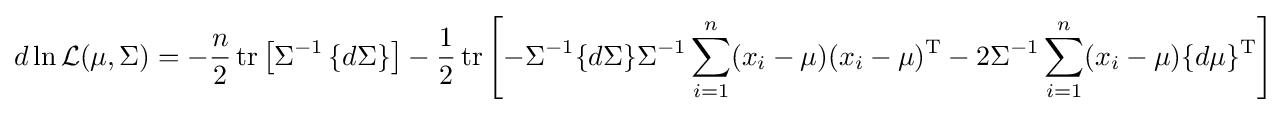
d\ln {\mathcal {L}}(\mu ,\Sigma )=-{\frac {n}{2}}\operatorname {tr} \left[\Sigma ^{-1}\left\{d\Sigma \right\}\right]-{1 \over 2}\operatorname {tr} \left[-\Sigma ^{-1}\{d\Sigma \}\Sigma ^{-1}\sum _{i=1}^{n}(x_{i}-\mu )(x_{i}-\mu )^{\mathrm {T} }-2\Sigma ^{-1}\sum _{i=1}^{n}(x_{i}-\mu )\{d\mu \}^{\mathrm {T} }\right]